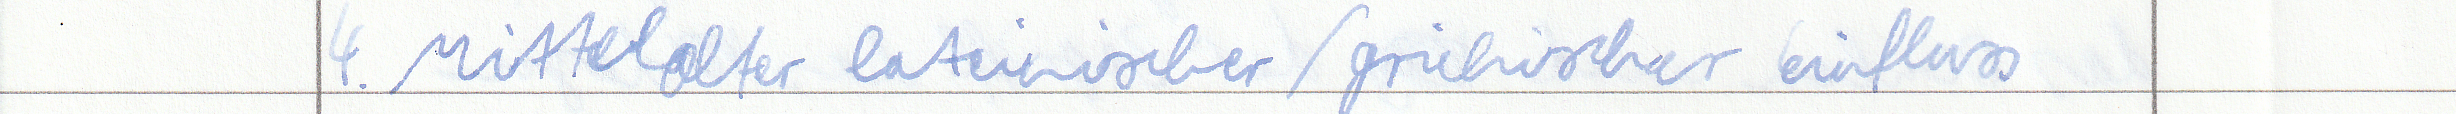
4. Mittelalter lateinischer / griechischer einfluss